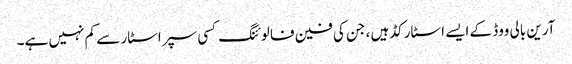
آرین بالی ووڈ کے ایسے اسٹارکڈ ہیں ، جن کی فین فالوئنگ کسی سپراسٹار سے کم نہیں ہے۔